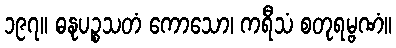
၁၉၇။ ဓနုပဉ္စသတံ ကောသော၊ ကရီသံ စတုရမ္ဗဏံ။